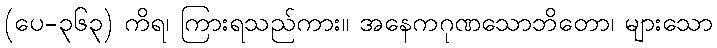
(ပေ-၃၆၃) ကိရ၊ ကြားရသည်ကား။ အနေကဂုဏသောဘိတော၊ များသော